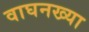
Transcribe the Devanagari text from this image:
वाघनख्या